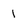
Character: 1